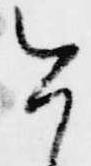
今